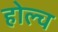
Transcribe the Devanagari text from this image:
होल्च